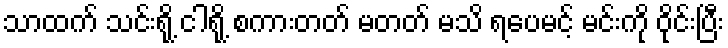
သာထက် သင်းရို့ ငါရို့ စကားတတ် မတတ် မသိ ရပေမင့် မင်းကို ဝိုင်းပြီး